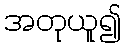
အတုယူ၍